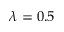
\lambda = 0 . 5